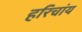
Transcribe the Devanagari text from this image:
हरिचांय